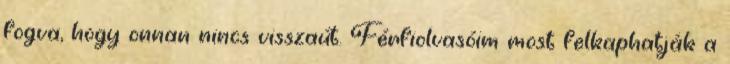
fogva, hogy onnan nincs visszaút. Férfiolvasóim most felkaphatják a